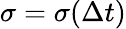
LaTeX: \sigma=\sigma(\Delta t)